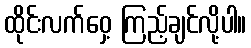
ထိုင်းလက်ဝှေ့ ကြည့်ချင်လို့ပါ။